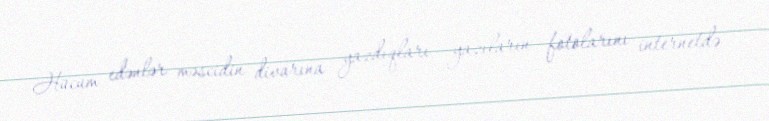
Hücum edənlər məscidin divarına yazdıqları yazıların fotolarını internetdə